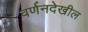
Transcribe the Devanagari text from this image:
वर्णनदेखील